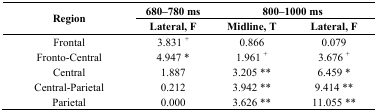
| <ROWSPAN=2> Region | 680–780 ms | <COLSPAN=2> 800–1000 ms |
 | Lateral, F | Midline, T | Lateral, F |
 | --- | --- | --- | --- |
 | Frontal | 3.831 + | 0.866 | 0.079 |
 | Fronto-Central | 4.947 * | 1.961 + | 3.676 + |
 | Central | 1.887 | 3.205 ** | 6.459 * |
 | Central-Parietal | 0.212 | 3.942 ** | 9.414 ** |
 | Parietal | 0.000 | 3.626 ** | 11.055 ** |